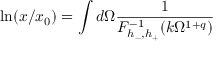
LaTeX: \ln ( x / x _ { 0 } ) = \int d \Omega \frac { 1 } { F _ { h _ { - } , h _ { + } } ^ { - 1 } ( k \Omega ^ { 1 + q } ) }